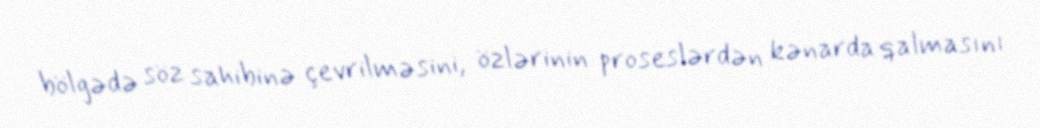
bölgədə söz sahibinə çevrilməsini, özlərinin proseslərdən kənarda qalmasını